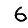
Digit: 6